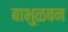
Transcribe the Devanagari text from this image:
बाभुळबन